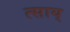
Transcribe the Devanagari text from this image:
त्साय्